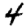
Digit: 4